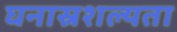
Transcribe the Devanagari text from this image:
घनास्रशल्यता